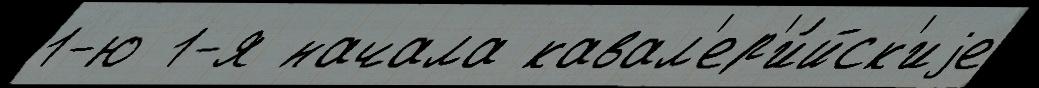
1-ю 1-я начала кавал'ер'и́йск'иjе